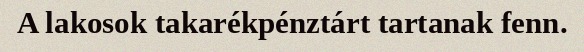
A lakosok takarékpénztárt tartanak fenn.